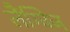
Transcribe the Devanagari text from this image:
लैंग्विज